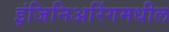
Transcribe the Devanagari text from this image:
इंजिनिअरिंगमधील